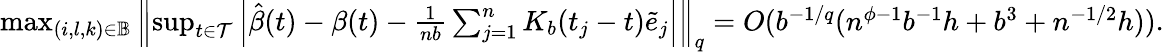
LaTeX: \begin{array}{r}{\operatorname*{max}_{(i,l,k)\in\mathbb{B}}\left\| \operatorname*{sup}_{t\in\mathcal{T}}\left|\hat{\beta}(t)-\beta(t)-\frac{1}{nb}\sum_{j=1}^{n}K_{b}(t_{j}-t)\tilde{e}_{j}\right|\right\| _{q}=O(b^{-1/q}(n^{\phi-1}b^{-1}h+b^{3}+n^{-1/2}h)).}\end{array}